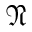
\mathfrak { N }